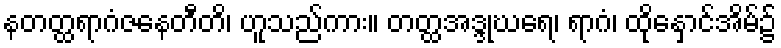
နတတ္ထရာဂံဇနေတီတိ၊ ဟူသည်ကား။ တတ္ထအဒ္ဒုဃရေ၊ ရာဂံ၊ ထိုနှောင်အိမ်၌